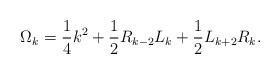
LaTeX: \begin{align*} \Omega_k=\frac14k^2+\frac12R_{k-2}L_k+\frac12L_{k+2}R_k.\end{align*}